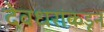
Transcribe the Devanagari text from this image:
देवधरांकडून